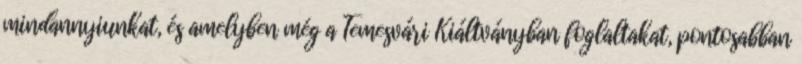
mindannyiunkat, és amelyben még a Temesvári Kiáltványban foglaltakat, pontosabban